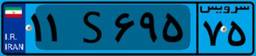
۶۶S۸۹۳۱۵